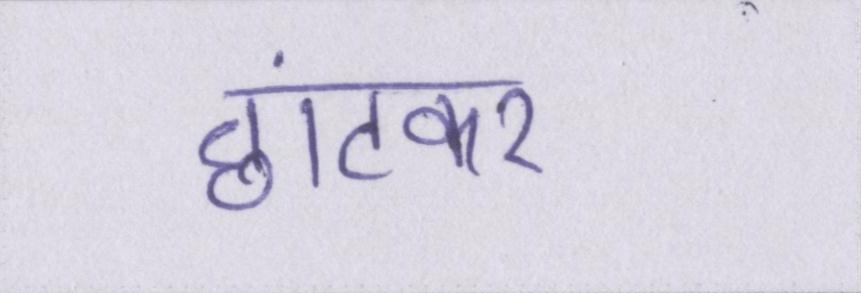
छांटकर